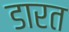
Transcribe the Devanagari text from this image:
डारत